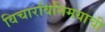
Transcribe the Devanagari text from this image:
विचारविनिमयाची